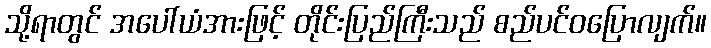
သို့ရာတွင် အပေါ်ယံအားဖြင့် တိုင်းပြည်ကြီးသည် စည်ပင်ဝပြောလျက်။